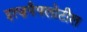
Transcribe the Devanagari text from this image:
इत्ज़पैपलोटील